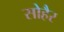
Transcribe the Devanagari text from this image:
सोहैर